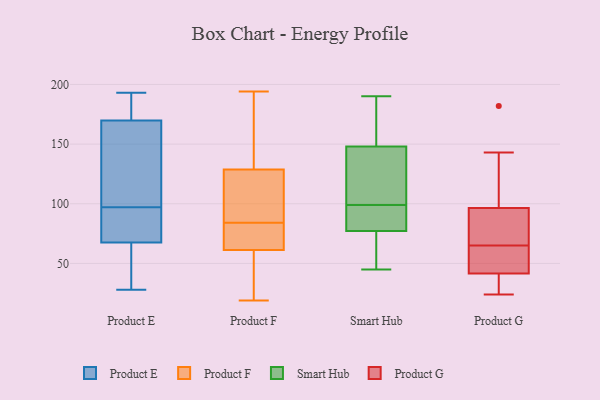
{"axis": {"x": "Humidity (%)", "y": "Value"}, "legend": ["Product E", "Product F", "Product G", "Smart Hub"], "data": [{"x": "", "y": 37, "type": "Product E"}, {"x": "", "y": 193, "type": "Product E"}, {"x": "", "y": 28, "type": "Product E"}, {"x": "", "y": 97, "type": "Product E"}, {"x": "", "y": 155, "type": "Product E"}, {"x": "", "y": 184, "type": "Product E"}, {"x": "", "y": 142, "type": "Product E"}, {"x": "", "y": 89, "type": "Product E"}, {"x": "", "y": 34, "type": "Product E"}, {"x": "", "y": 177, "type": "Product E"}, {"x": "", "y": 76, "type": "Product E"}, {"x": "", "y": 91, "type": "Product E"}, {"x": "", "y": 42, "type": "Product E"}, {"x": "", "y": 172, "type": "Product E"}, {"x": "", "y": 83, "type": "Product E"}, {"x": "", "y": 169, "type": "Product E"}, {"x": "", "y": 166, "type": "Product E"}, {"x": "", "y": 59, "type": "Product F"}, {"x": "", "y": 19, "type": "Product F"}, {"x": "", "y": 62, "type": "Product F"}, {"x": "", "y": 194, "type": "Product F"}, {"x": "", "y": 84, "type": "Product F"}, {"x": "", "y": 131, "type": "Product F"}, {"x": "", "y": 193, "type": "Product F"}, {"x": "", "y": 128, "type": "Product F"}, {"x": "", "y": 81, "type": "Product F"}, {"x": "", "y": 178, "type": "Product F"}, {"x": "", "y": 40, "type": "Product F"}, {"x": "", "y": 20, "type": "Product F"}, {"x": "", "y": 83, "type": "Product F"}, {"x": "", "y": 109, "type": "Product F"}, {"x": "", "y": 125, "type": "Product F"}, {"x": "", "y": 68, "type": "Product F"}, {"x": "", "y": 119, "type": "Product F"}, {"x": "", "y": 149, "type": "Smart Hub"}, {"x": "", "y": 95, "type": "Smart Hub"}, {"x": "", "y": 189, "type": "Smart Hub"}, {"x": "", "y": 99, "type": "Smart Hub"}, {"x": "", "y": 190, "type": "Smart Hub"}, {"x": "", "y": 108, "type": "Smart Hub"}, {"x": "", "y": 98, "type": "Smart Hub"}, {"x": "", "y": 127, "type": "Smart Hub"}, {"x": "", "y": 99, "type": "Smart Hub"}, {"x": "", "y": 145, "type": "Smart Hub"}, {"x": "", "y": 52, "type": "Smart Hub"}, {"x": "", "y": 93, "type": "Smart Hub"}, {"x": "", "y": 77, "type": "Smart Hub"}, {"x": "", "y": 71, "type": "Smart Hub"}, {"x": "", "y": 187, "type": "Smart Hub"}, {"x": "", "y": 177, "type": "Smart Hub"}, {"x": "", "y": 71, "type": "Smart Hub"}, {"x": "", "y": 78, "type": "Smart Hub"}, {"x": "", "y": 45, "type": "Smart Hub"}, {"x": "", "y": 46, "type": "Product G"}, {"x": "", "y": 54, "type": "Product G"}, {"x": "", "y": 96, "type": "Product G"}, {"x": "", "y": 182, "type": "Product G"}, {"x": "", "y": 25, "type": "Product G"}, {"x": "", "y": 65, "type": "Product G"}, {"x": "", "y": 54, "type": "Product G"}, {"x": "", "y": 28, "type": "Product G"}, {"x": "", "y": 59, "type": "Product G"}, {"x": "", "y": 84, "type": "Product G"}, {"x": "", "y": 69, "type": "Product G"}, {"x": "", "y": 24, "type": "Product G"}, {"x": "", "y": 27, "type": "Product G"}, {"x": "", "y": 98, "type": "Product G"}, {"x": "", "y": 143, "type": "Product G"}, {"x": "", "y": 87, "type": "Product G"}, {"x": "", "y": 110, "type": "Product G"}]}